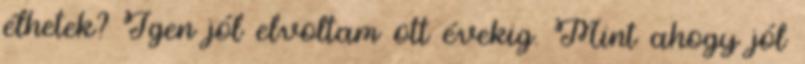
élhetek? Igen jól elvoltam ott évekig. Mint ahogy jól